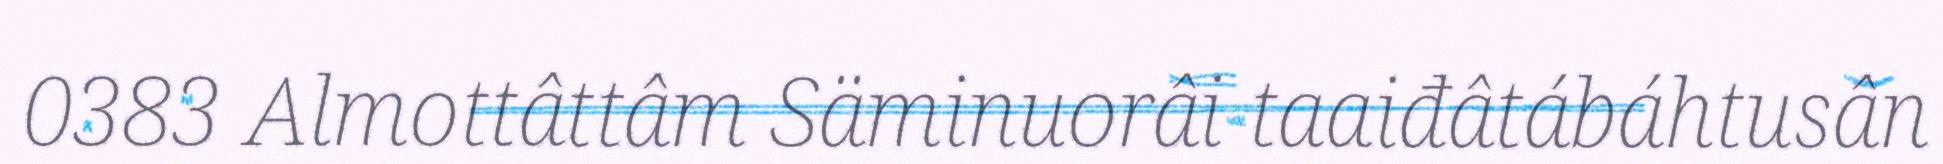
0383 Almottâttâm Säminuorâi taaiđâtábáhtusân